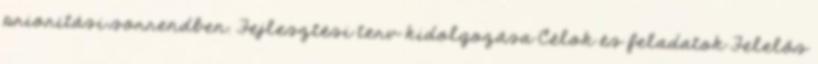
prioritási sorrendben. Fejlesztési terv kidolgozása Célok és feladatok Felelős